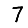
Digit: 7